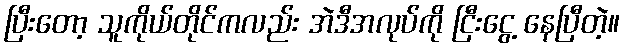
ပြီးတော့ သူကိုယ်တိုင်ကလည်း အဲဒီအလုပ်ကို ငြီးငွေ့ နေပြီတဲ့။